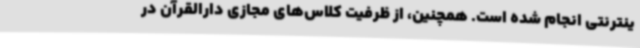
ینترنتی انجام شده است. همچنین، از ظرفیت کلاس‌های مجازی دارالقرآن در